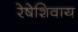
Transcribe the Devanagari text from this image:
रेषेशिवाय